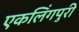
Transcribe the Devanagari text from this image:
एकलिंगपुरी